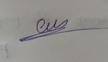
Signature authenticity: genuine